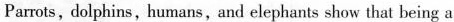
Parrots, dolphins, humans, and elephants show that being a